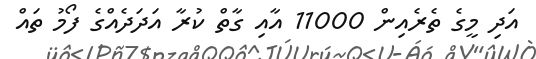
އަދި މީގެ ތެރެއިން 11000 އާއި ގާތް ކުރާ އަދަދެއްގެ ފޯމު ތައް